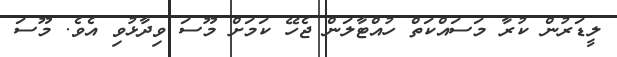
ލީޑަރުން ކުރާ މަސައްކަތް ހުއްޓާލަން ޖެހޭ ކަމަށް މޫސަ ވިދާޅުވި އެވެ. މޫސަ